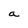
Character: a